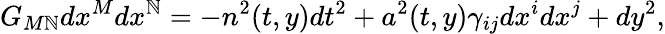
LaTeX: G_{M\mathbb{N}}dx^{M}dx^{\mathbb{N}}=-n^{2}(t,y)dt^{2}+a^{2}(t,y)\gamma_{ij}dx^{i}dx^{j}+dy^{2},